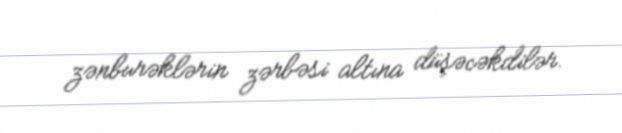
zənburəklərin zərbəsi altına düşəcəkdilər.